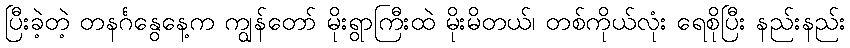
ပြီးခဲ့တဲ့ တနင်္ဂနွေနေ့က ကျွန်တော် မိုးရွာကြီးထဲ မိုးမိတယ်၊ တစ်ကိုယ်လုံး ရေစိုပြီး နည်းနည်း